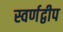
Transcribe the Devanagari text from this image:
स्वर्णद्वीप